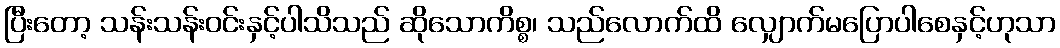
ပြီးတော့ သန်းသန်းဝင်းနှင့်ပါသိသည် ဆိုသောကိစ္စ၊ သည်လောက်ထိ လျှောက်မပြောပါစေနှင့်ဟုသာ